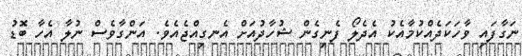
ނަގާފައި ވާހަކަދެއްކުމާއެކު އެދެލޯ ފެނިގެން ޝުހާދުއަށް އެނގިއްޖެއެވެ. އަންގާވެސް ނުލާ އެހާ ބޮޑު